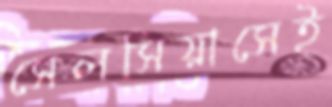
সেলসিয়াসেই